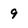
Character: 9